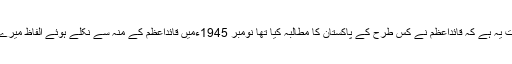
قابل توجہ بات یہ ہے کہ قائداعظمؒ نے کس طرح کے پاکستان کا مطالبہ کیا تھا نومبر 1945ءمیں قائداعظمؒ کے منہ سے نکلے ہوئے الفاظ میرے سامنے ہیں۔